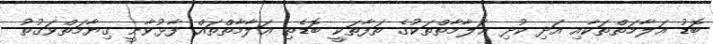
ބޮޑު ޢަލާމަތްތަކާއި އަދި ކުދި ޢަލާމާތްތަކުގެ ތަފާތަކީ ބޮޑެތި ޢަލާމާތްތައް ފާޅުވާނީ ޤިޔާމަތްވަޤުތު